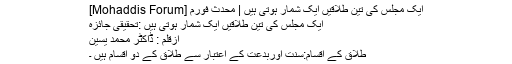
ایک مجلس کی تین طلاقیں ایک شمار ہوتی ہیں | محدث فورم [Mohaddis Forum]
ایک مجلس کی تین طلاقیں ایک شمار ہوتی ہیں :تحقیقی جائزہ
ازقلم : ڈاکٹر محمد یٰسین
طلاق کے اقسام:سنت اوربدعت کے اعتبار سے طلاق کے دو اقسام ہیں ۔